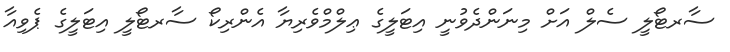
ސާރޓޯލީ ސެލް އަށް މިނަންދެވުނީ އިޓަލީގެ ޢިލްމްވެރިޔާ އެންރިކޯ ސާރޓޯލީ އިޓަލީގެ ޕެވިއާ